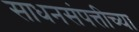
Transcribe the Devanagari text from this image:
साधनसंपत्तीच्या